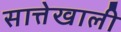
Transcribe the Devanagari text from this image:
सात्तेखाली